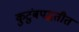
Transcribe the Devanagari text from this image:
कुटुंबपद्धतीत